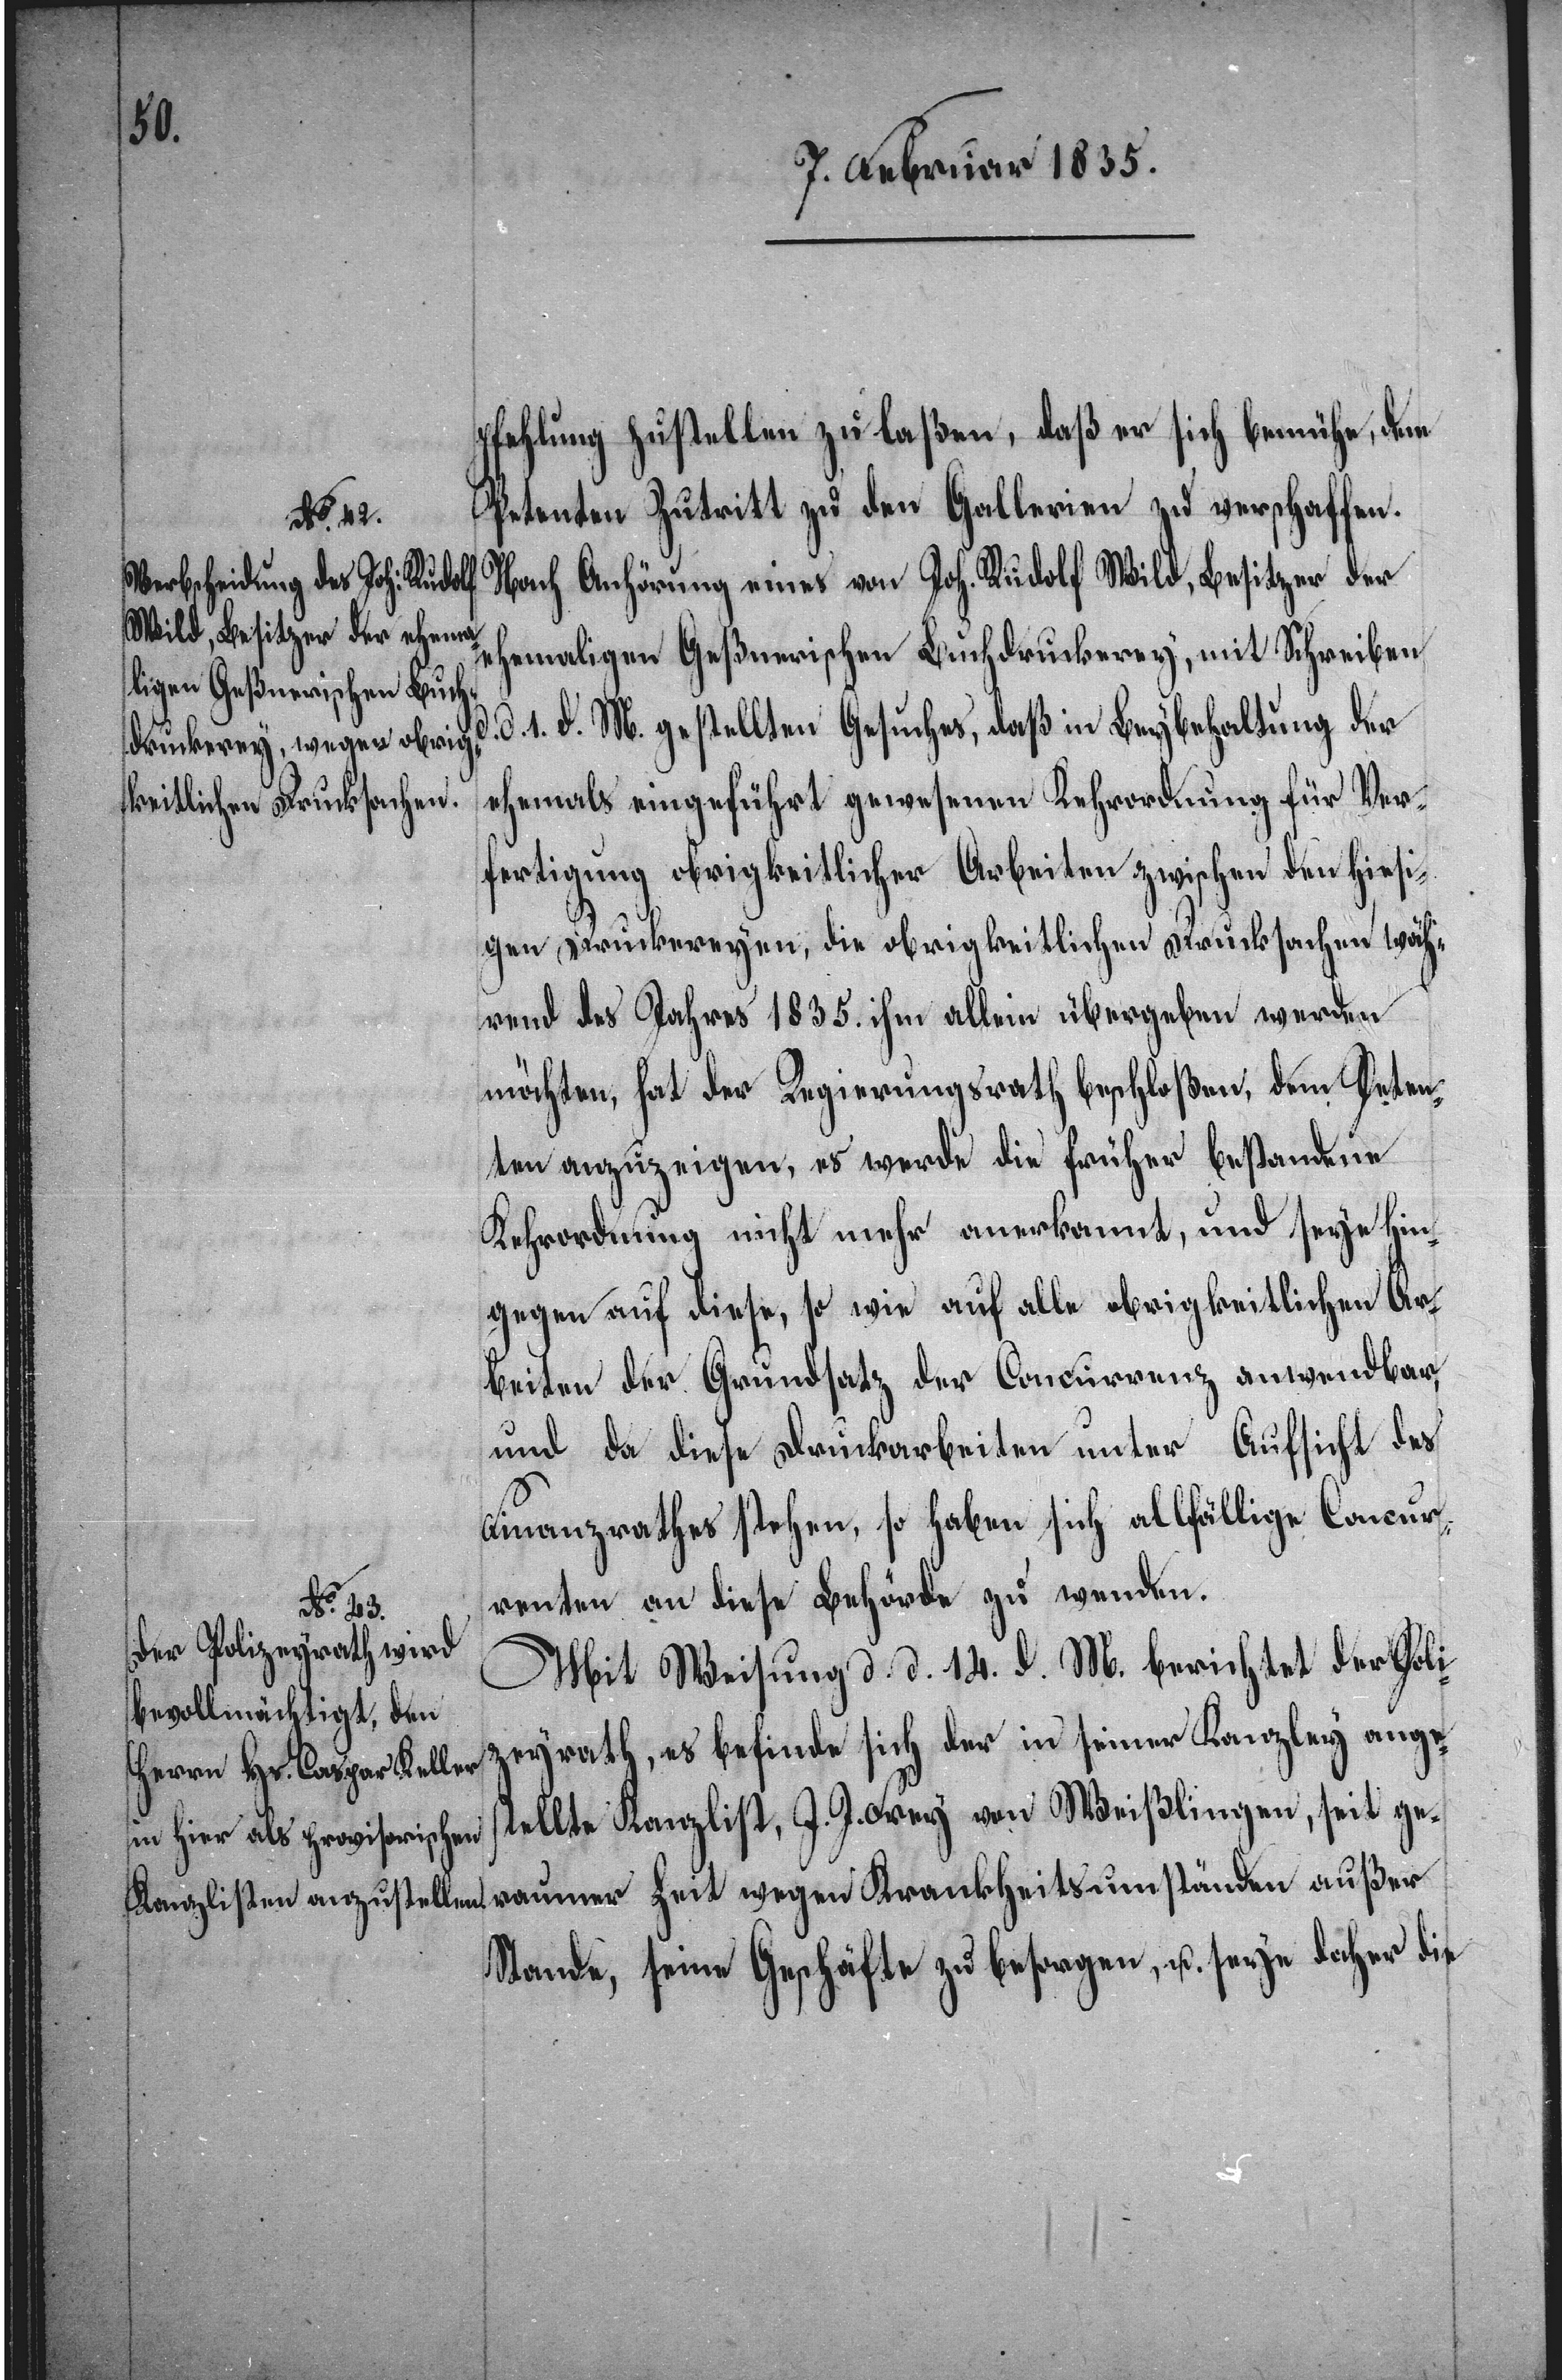
d.
pfehlung zustellen zu laßen, daß er sich bemühe, dem
Petenten Zutritt zu den Gallerien zu verschaffen.
Nach Anhörung eines von Joh. Rudolf Wild, Besitzer der
wegen Krankheitsumständen
ehemaligen Geßnerischen Buchdruckerey, mit Schreiben
d. 1. d. M. gestellten Gesuches, daß in Beybehaltung der
ehemals eingeführt gewesenen Kehrordnung für Ver¬
fertigung obrigkeitlicher Arbeiten zwischen den hiesi¬
gen Druckereyen, die obrigkeitlichen Drucksachen wäh¬
rend des Jahres 1835. ihm allein übergeben werden
möchten, hat der Regierungsrath beschloßen, dem Peten¬
ten anzuzeigen, es werde die früher bestandene
Kehrordnung nicht mehr anerkannt, und seye hin¬
gegen auf diese, so wie auf alle obrigkeitlichen Ar¬
beiten der Grundsatz der Concurrenz anwendbar,
und da diese Druckarbeiten unter Aufsicht des
Finanzrathes stehen, so haben sich allfällige Concur¬
renten an diese Behörde zu wenden.
raumer
Mit Weisung d. d. 14. d. M. berichtet der Poli¬
zeyrath, es befinde sich der in seiner Kanzley anges¬
tellte Kanzlist, J. J. Frey von Weißlingen, seit ge¬
Stande, seine Geschäfte zu besorgen, u. seye daher die